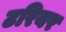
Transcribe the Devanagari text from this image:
टरियर